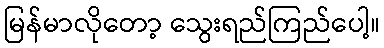
မြန်မာလိုတော့ သွေးရည်ကြည်ပေါ့။